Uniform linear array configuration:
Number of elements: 32
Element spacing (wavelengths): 0.5
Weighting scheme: hann
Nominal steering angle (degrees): -30
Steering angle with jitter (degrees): -28.111
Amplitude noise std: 0.05
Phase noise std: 0.05

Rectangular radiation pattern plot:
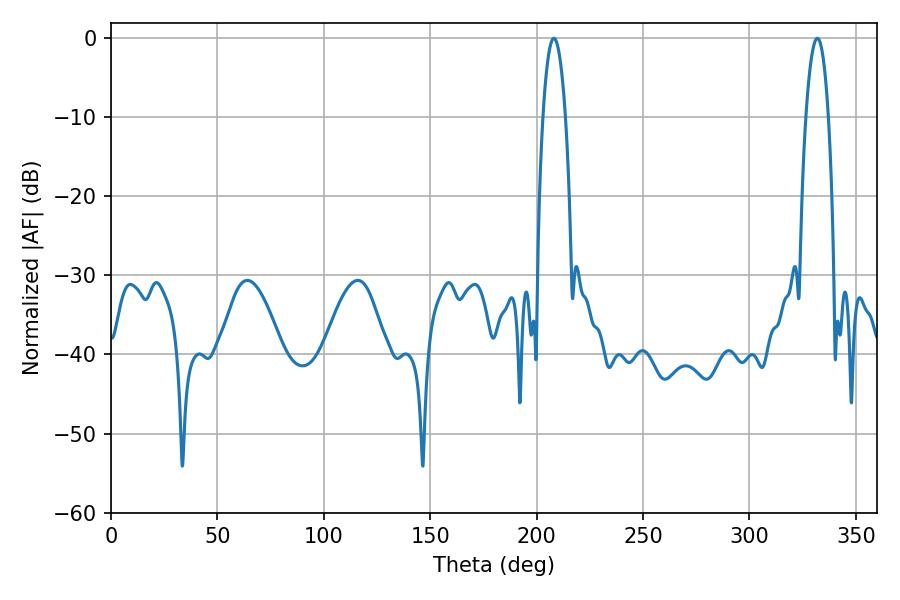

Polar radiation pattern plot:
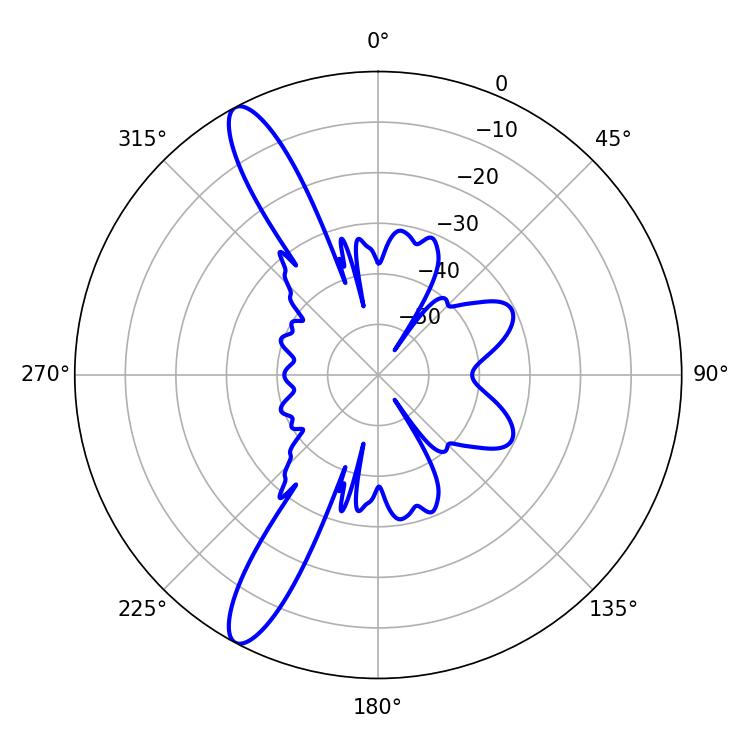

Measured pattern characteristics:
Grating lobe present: FALSE
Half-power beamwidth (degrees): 5.94
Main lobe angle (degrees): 208.08